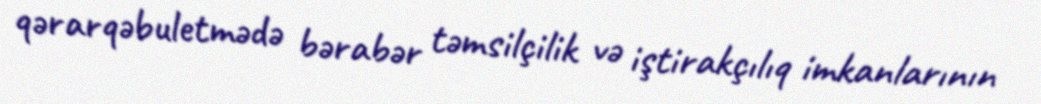
qərarqəbuletmədə bərabər təmsilçilik və iştirakçılıq imkanlarının